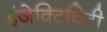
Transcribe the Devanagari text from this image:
इंजेक्टिविटी